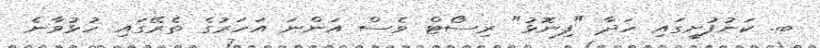
ބ. ކަނުފުށީގައި ހަދާ "ފިނޮޅު" ރިސޯޓް ވެސް އަންނަ އަހަރުގެ ތެރޭގައި ހުޅުވާނެ